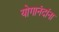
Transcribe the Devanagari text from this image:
योगानंदांना